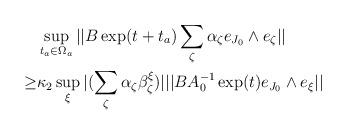
LaTeX: \begin{align*} \begin{aligned} & \sup_{t_a \in \Omega_a} ||B\exp(t+t_a) \sum_{\zeta} \alpha_{\zeta} e_{J_0}\wedge e_{\zeta}|| \\ \geq & \kappa_2 \sup_{\xi} |(\sum_{\zeta} \alpha_{\zeta} \beta^{\xi}_{\zeta} ) | ||B A_0^{-1} \exp(t) e_{J_0} \wedge e_{\xi} || \end{aligned}\end{align*}